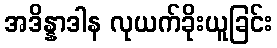
အဒိန္နာဒါန လုယက်ခိုးယူခြင်း